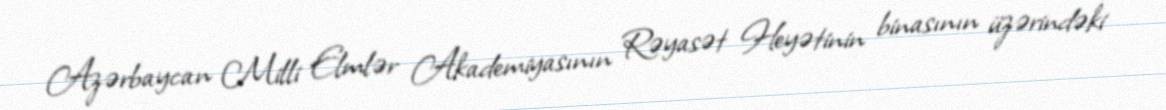
Azərbaycan Milli Elmlər Akademiyasının Rəyasət Heyətinin binasının üzərindəki